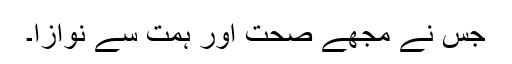
جس نے مجھے صحت اور ہمت سے نوازا۔